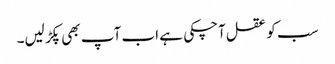
سب کو عقل آچکی ہے اب آپ بھی پکڑ لیں۔